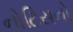
નોટિસનો